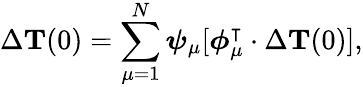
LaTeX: \Delta{{\mathbf T}}(0)=\sum_{\mu=1}^{N}\boldsymbol{\psi}_{\mu}[\boldsymbol{\phi}_{\mu}^{\intercal}\cdot\Delta{{\mathbf T}}(0)],